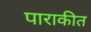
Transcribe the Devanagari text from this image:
पाराकीत